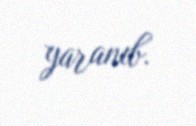
yaranıb.